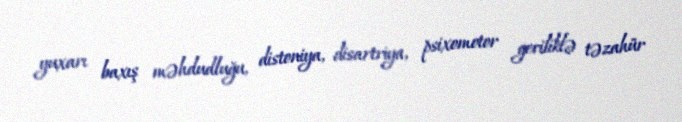
yuxarı baxış məhdudluğu, distoniya, disartriya, psixomotor geriliklə təzahür